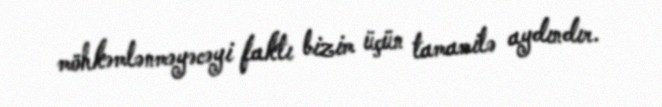
möhkəmlənməyəcəyi faktı bizim üçün tamamilə aydındır.